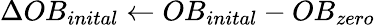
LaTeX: \Delta OB_{inital}\leftarrow OB_{inital}-OB_{zero}